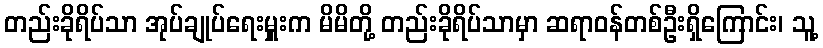
တည်းခိုရိပ်သာ အုပ်ချုပ်ရေးမှူးက မိမိတို့ တည်းခိုရိပ်သာမှာ ဆရာဝန်တစ်ဦးရှိကြောင်း၊ သူ့